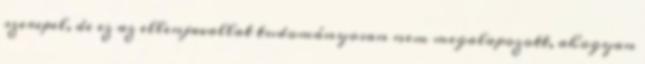
szerepel, de ez az ellenjavallat tudományosan nem megalapozott, ahogyan